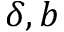
\delta , b